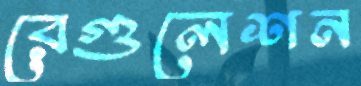
রেগুলেশন